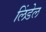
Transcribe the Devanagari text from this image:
लिंडेल